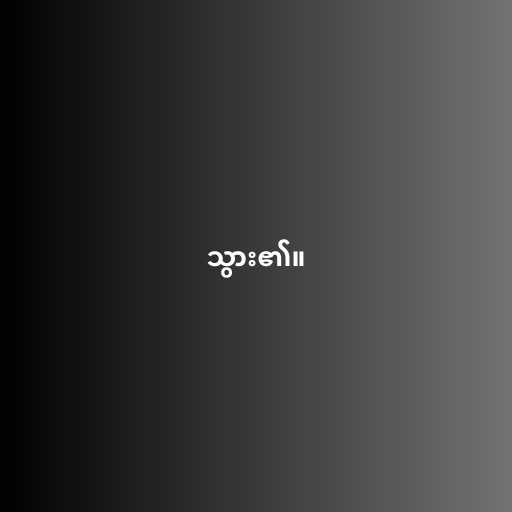
သွား၏။